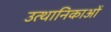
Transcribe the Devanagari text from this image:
उत्थानिकाओं